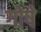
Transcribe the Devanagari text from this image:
गोषे